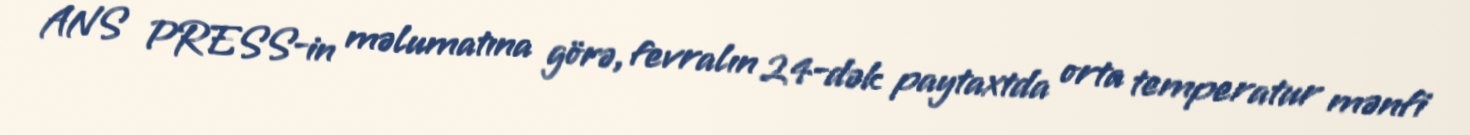
ANS PRESS-in məlumatına görə, fevralın 24-dək paytaxtda orta temperatur mənfi